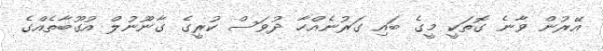
އޭރުން ވާނެ ގޮތަކީ މީގެ ބައި ގަރުނެއްހާ ދުވަސް ކުރީގެ ގާނޫނުލް އުގޫބާތެއްގެ